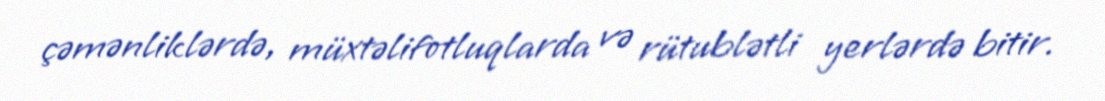
çəmənliklərdə, müxtəlifotluqlarda və rütublətli yerlərdə bitir.